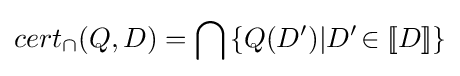
cert_{\cap }(Q,D)=\bigcap \left\{Q(D')|D'\!\in [\![D]\!]\right\}